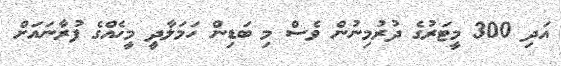
އަދި 300 މީޓަރުގެ ދުރުމިނުން ވެސް މި ބަޑިން ހަމަލާދީ މީހެއްގެ ފުރާނައަށް